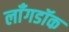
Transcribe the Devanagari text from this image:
लाँगडॉक